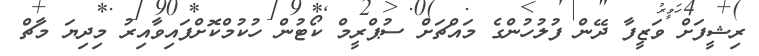
ރިޝީފަށް ވަޒީފާ ދޭން ފުލުހުންގެ މައްޗަށް ސުޕްރީމް ކޯޓުން ހުކުމްކޮށްފައިވާއިރު މިދިޔަ މާޗް